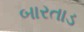
બારતાડ